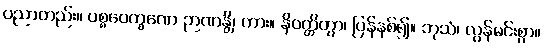
ပညာတည်း။ ပစ္စဝေက္ခဏေ ဉာဏန္တိ၊ ကား။ နိဝတ္တိတွာ၊ ပြန်နစ်၍။ ဘုသံ၊ လွန်မင်းစွာ။